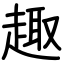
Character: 趣